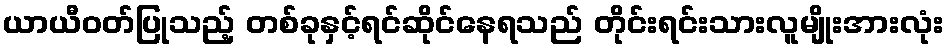
ယာယီဝတ်ပြုသည့် တစ်ခုနှင့်ရင်ဆိုင်နေရသည် တိုင်းရင်းသားလူမျိုးအားလုံး